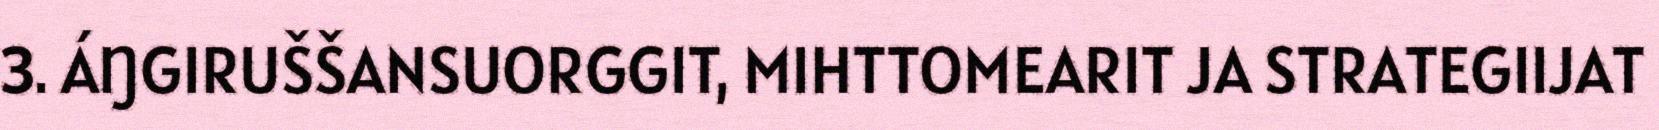
3. ÁŊGIRUŠŠANSUORGGIT, MIHTTOMEARIT JA STRATEGIIJAT